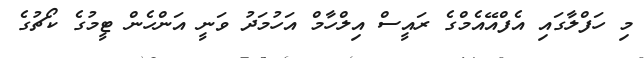
މި ހަފްލާގައި އެފްއޭއެމްގެ ރައީސް އިލްހާމް އަހުމަދު ވަނީ އަންހެން ޓީމުގެ ކޯޗުގެ